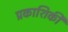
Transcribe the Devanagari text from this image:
प्रकाशिकी